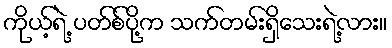
ကိုယ့်ရဲ့ ပတ်စ်ပို့က သက်တမ်းရှိသေးရဲ့လား။